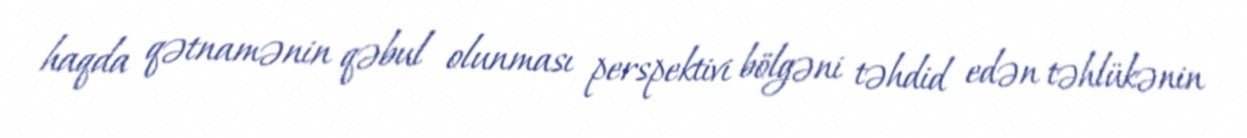
haqda qətnamənin qəbul olunması perspektivi bölgəni təhdid edən təhlükənin